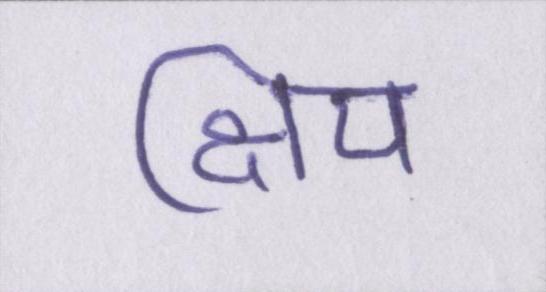
क्षिप